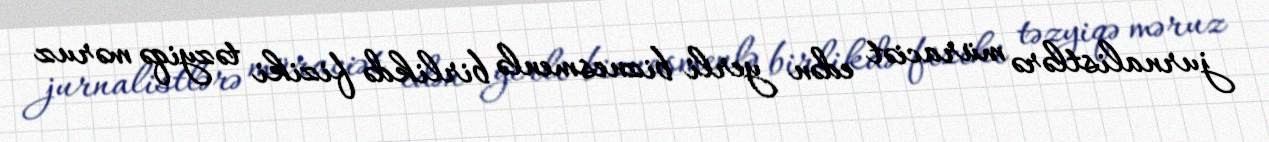
jurnalistlərə müraciət edən yerli biznesmenlə birlikdə fiziki təzyiqə məruz